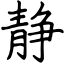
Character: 静